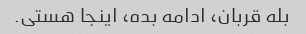
بله قربان، ادامه بده، اینجا هستی.